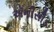
ઍનીસીડ